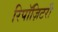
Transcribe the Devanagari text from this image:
रिपॉज़िटरी